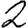
Digit: 2